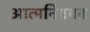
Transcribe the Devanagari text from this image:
आत्मनियमन